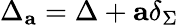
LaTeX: \Delta_{\mathbf a}=\Delta+{\mathbf a}\delta_{\Sigma}